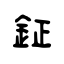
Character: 鉦